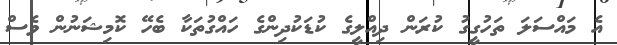
އެ މައްސަލަ ތަހުގީގު ކުރަން ދިއްލީގެ ކުޑަކުދިންގެ ހައްގުތަކާ ބެހޭ ކޮމިޝަނުން ވެސް